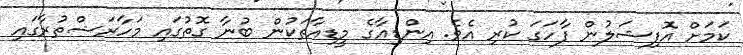
ކަމަށް އޮފިޝަލުން ފާހަގަ ކުރި އެވެ. އިންޑިއާގެ މީޑިއާތަކުން ބުނާ ގޮތުގައި މަހާރަޝްތުރާގައި